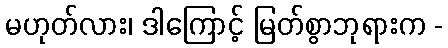
မဟုတ်လား၊ ဒါကြောင့် မြတ်စွာဘုရားက -